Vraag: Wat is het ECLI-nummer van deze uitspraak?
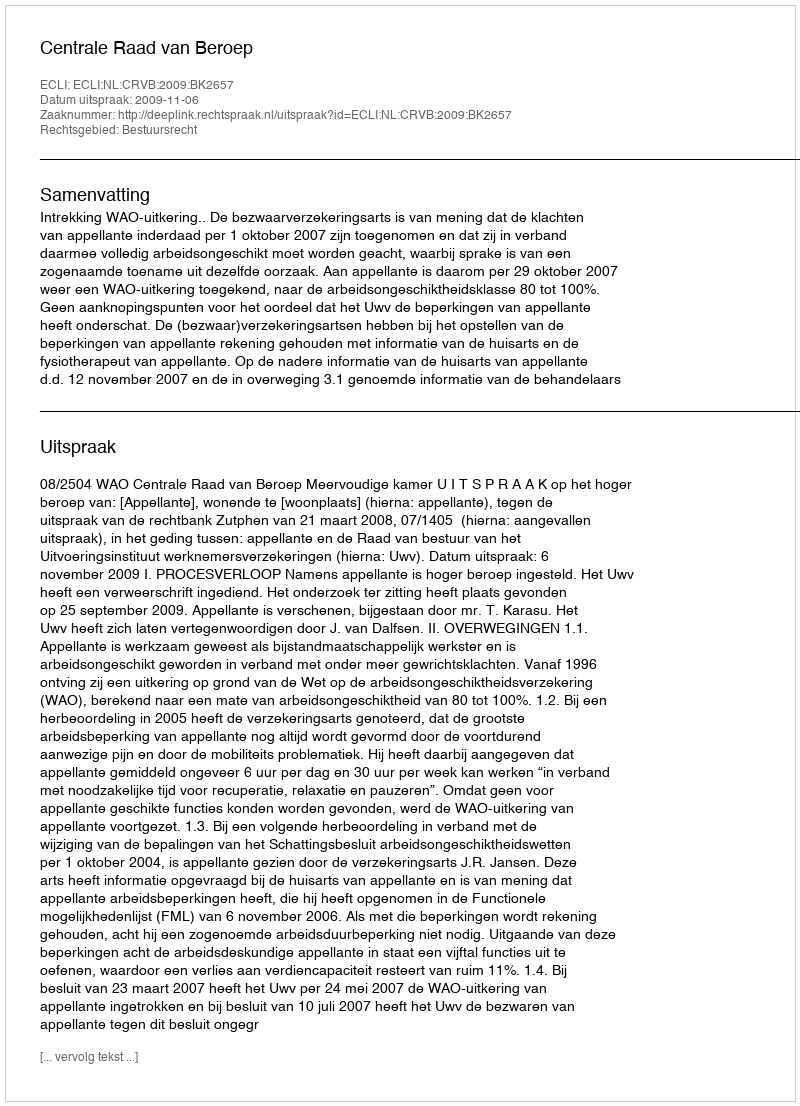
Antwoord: ECLI:NL:CRVB:2009:BK2657